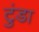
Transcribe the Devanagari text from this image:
टुंडा